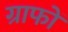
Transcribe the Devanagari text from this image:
ग्राफों